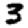
Digit: 3